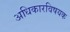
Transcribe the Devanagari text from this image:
अधिकारविषयक